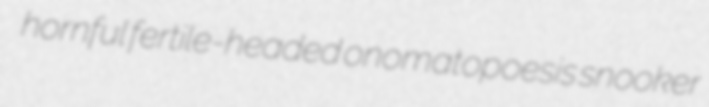
hornful fertile-headed onomatopoesis snooker